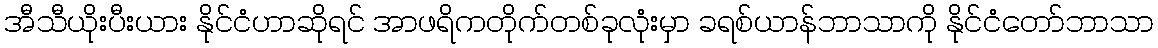
အီသီယိုးပီးယား နိုင်ငံဟာဆိုရင် အာဖရိကတိုက်တစ်ခုလုံးမှာ ခရစ်ယာန်ဘာသာကို နိုင်ငံတော်ဘာသာ